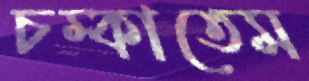
চম্‌কাতেম